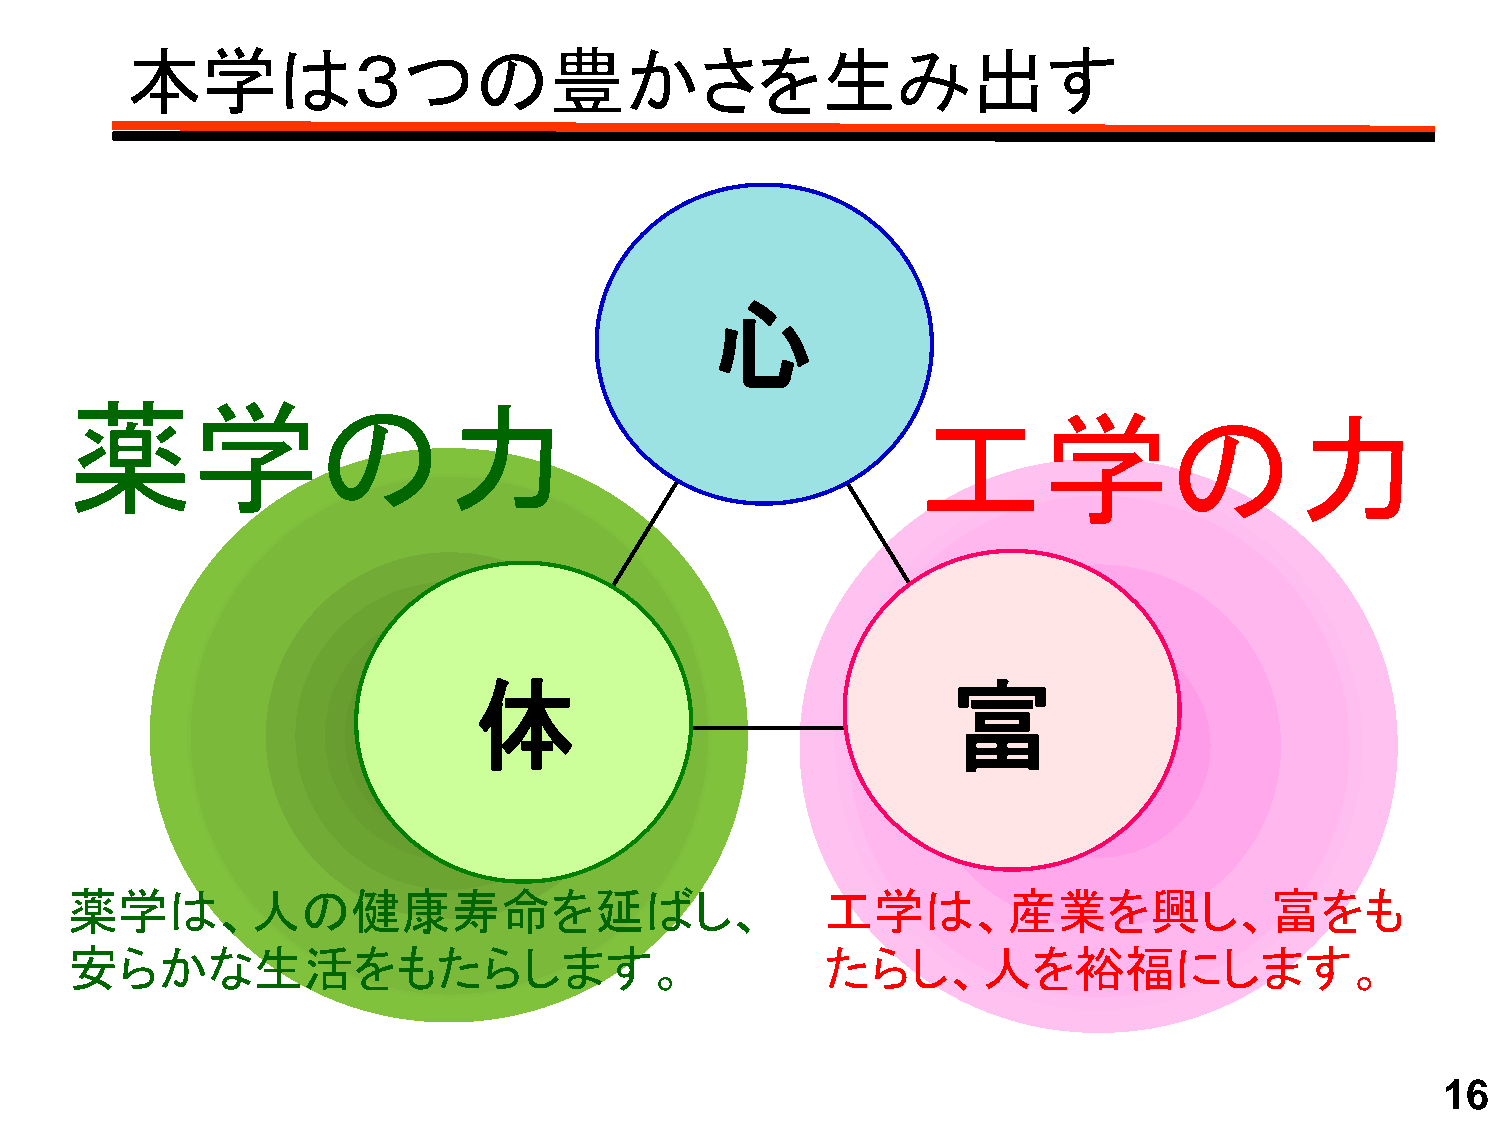
本学は３つの豊かさを生み出す
 心心
 薬学の力
 工学の力
 体                               富
 薬学は、人の健康寿命を延ばし、                                   工学は、産業を興し、富をも
 安らかな生活をもたらします。                                    たらし、人を裕福にします。
 16